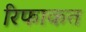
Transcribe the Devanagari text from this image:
रिफाकत